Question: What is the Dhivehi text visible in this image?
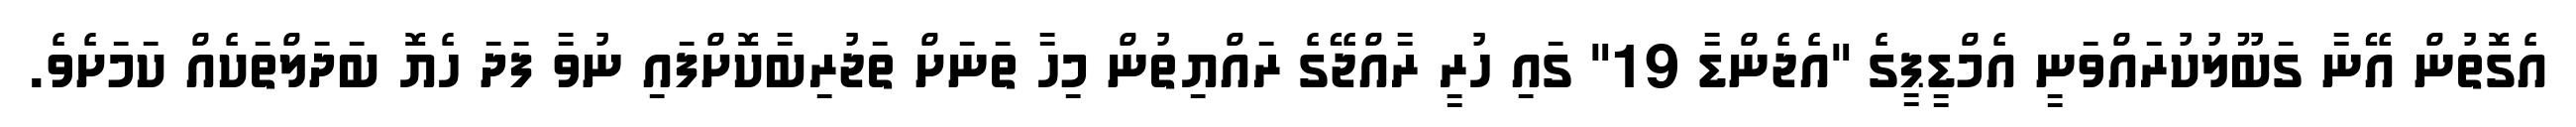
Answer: އެގޮތުން އޭނާ ގަބޫލުކުރައްވަނީ އެމްޑީޕީގެ "އެޖެންޑާ 19" ގައި ހުރީ ރާއްޖޭގެ ރައްޔިތުން މިހާ ތަނަށް ތަޖުރިބާކޮށްފައި ނުވާ ފަދަ ހެޔޮ ބަދަލްތަކެއް ކަމަށެވެ.